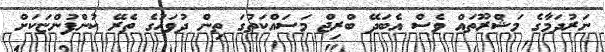
ނަރުދަމާގެ މަޝްރޫތައް ވެސް އެބަދޭ ބްރިޖް މަސައްކަތުގަ ތިން ދުވަހުގެ ތެރޭ ކުންފުންޏަކަށް